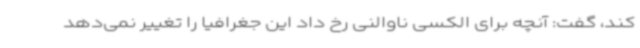
کند، گفت: آنچه برای الکسی ناوالنی رخ داد این جغرافیا را تغییر نمی‌دهد